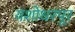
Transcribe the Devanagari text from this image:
यशोधरपूर